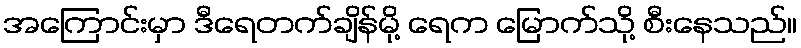
အကြောင်းမှာ ဒီရေတက်ချိန်မို့ ရေက မြောက်သို့ စီးနေသည်။